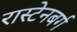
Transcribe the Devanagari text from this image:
रास्टेनबर्ग